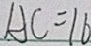
A C = 1 6